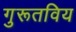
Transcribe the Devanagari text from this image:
गुरूतविय